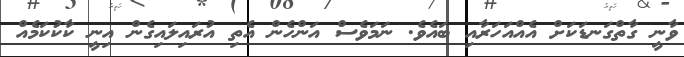
ވާނީ ގާތްގަނޑަކަށް އެއްއަހަރާއި ބައެވެ. ނަމަވެސް އަންހެން އެތި އުރައިލައިގެން އިނީ ކާކުކަމެއް